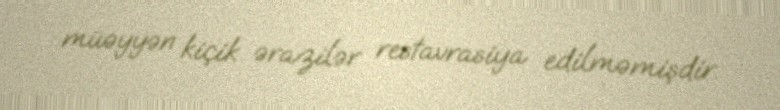
müəyyən kiçik ərazilər restavrasiya edilməmişdir.